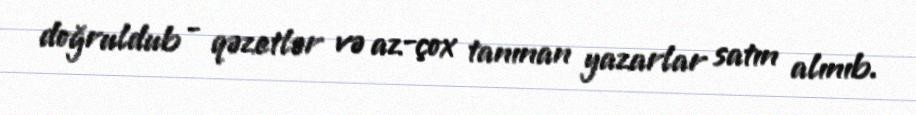
doğruldub - qəzetlər və az-çox tanınan yazarlar satın alınıb.